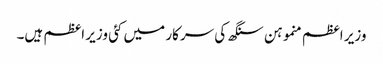
وزیر اعظم منموہن سنگھ کی سرکار میں کئی وزیر اعظم ہیں۔